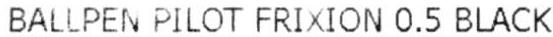
BALLPEN PILOT FRIXION 0.5 BLACK